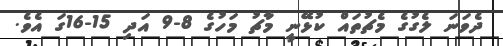
ދެވަނަ ލެގުގެ މެޗުތައް ކުޅޭނީ މާޗު މަހުގެ 8-9 އަދި 15-16ގަ އެވެ.